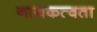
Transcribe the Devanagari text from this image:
नायकत्वता